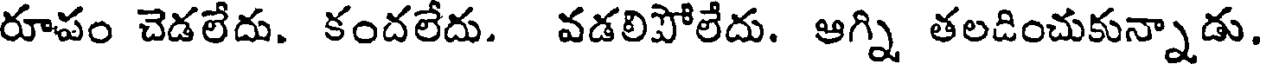
రూపం చెడలేదు. కందలేదు. వడలిపోలేదు. ఆగ్ని తలడించుకున్నాడు.